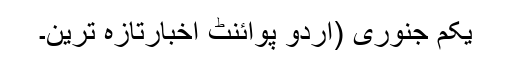
یکم جنوری (اُردو پوائنٹ اخبارتازہ ترین۔